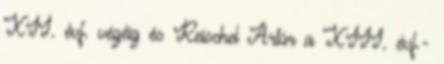
XII. évf. végéig és Reischel Artúr a XIII. évf.-